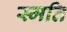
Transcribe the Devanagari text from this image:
स्मति